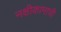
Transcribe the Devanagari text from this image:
नक्षीकामाची